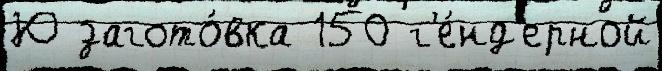
Ю загото́вка 150 г'е́нд'ерной